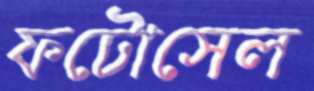
ফটোসেল